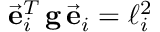
\vec { \bf e } _ { i } ^ { T } \, { \bf g } \, \vec { \bf e } _ { i } = \ell _ { i } ^ { 2 }